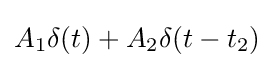
A_{1}\delta (t)+A_{2}\delta (t-t_{2})